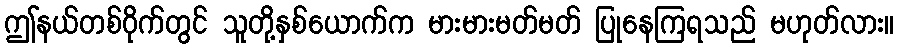
ဤနယ်တစ်ဝိုက်တွင် သူတို့နှစ်ယောက်က မားမားမတ်မတ် ပြုနေကြရသည် မဟုတ်လား။